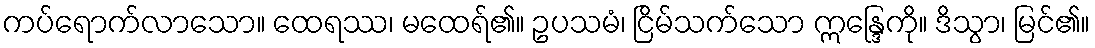
ကပ်ရောက်လာသော။ ထေရဿ၊ မထေရ်၏။ ဥပသမံ၊ ငြိမ်သက်သော ဣန္ဒြေကို။ ဒိသွာ၊ မြင်၏။